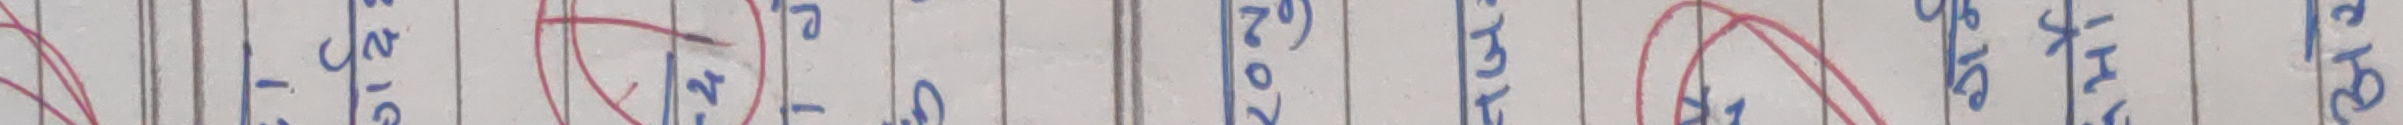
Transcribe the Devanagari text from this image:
-१/२ बजे
२०७२)
झाकी
छाप्रो